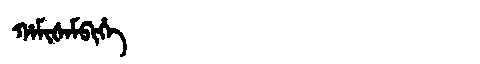
Manchu: ᡥᠠᠮᡳᡧᠠᠮᠪᡳᡥᡝ
Romanization: HAMIŠAMBIHE